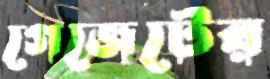
গেজেটের